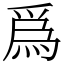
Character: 爲